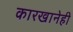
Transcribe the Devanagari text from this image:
कारखानेही